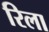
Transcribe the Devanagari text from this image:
रिला